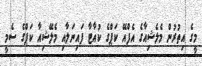
މީގެ އިތުރުން މެލެޝިއާގެ އެފްއޭ ކަޕްގެ ކުއާޓާ ފައިނަލާއި މެލޭޝިއާ ކަޕްގެ ސެމީ